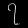
Digit: ၇